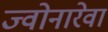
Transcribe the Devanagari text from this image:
ज्वोनारेवा